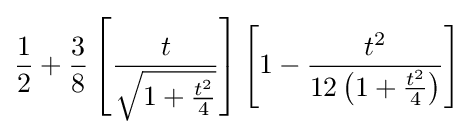
{\frac {1}{2}}+{\frac {3}{8}}\left[{\frac {t}{\sqrt {1+{\frac {t^{2}}{4}}}}}\right]\left[1-{\frac {t^{2}}{12\left(1+{\frac {t^{2}}{4}}\right)}}\right]